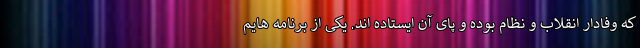
که وفادار انقلاب و نظام بوده و پای آن ایستاده اند. یکی از برنامه هایم